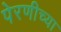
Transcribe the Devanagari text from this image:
पेरणीच्या